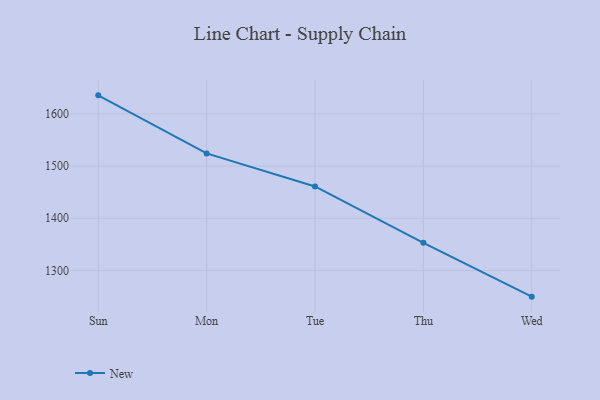
{"axis": {"x": "Day", "y": "Production Output"}, "legend": ["New"], "data": [{"x": "Sun", "y": 1635.5, "type": "New"}, {"x": "Mon", "y": 1524.3, "type": "New"}, {"x": "Tue", "y": 1461.0, "type": "New"}, {"x": "Thu", "y": 1353.1, "type": "New"}, {"x": "Wed", "y": 1249.9, "type": "New"}]}